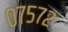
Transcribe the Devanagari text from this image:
०७५७२